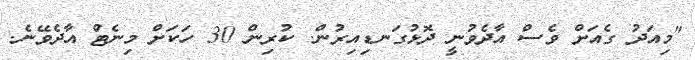
"މިއަދު ގެއަށް ވެސް އާދެވުނީ ދޮޅުގަނޑިއިރުން. ކުރިން 30 ހަކަށް މިނެޓުް އާދެވޭނެ.